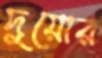
দুয়োর